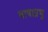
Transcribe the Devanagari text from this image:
भाषाप्रभु